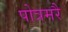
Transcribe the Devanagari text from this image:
पोत्रमरै